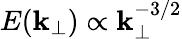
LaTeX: E(\mathbf{k}_{\perp})\propto\mathbf{k}_{\perp}^{-3/2}